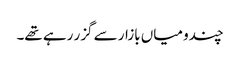
چندو میاں بازار سے گزر رہے تھے۔